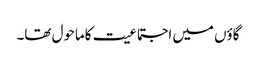
گاؤں میں اجتماعیت کاماحول تھا۔